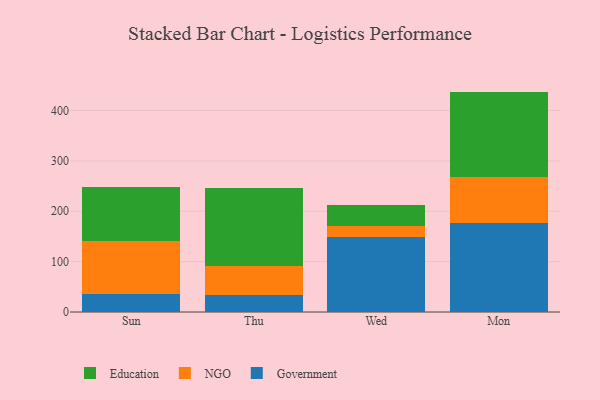
{"axis": {"x": "Day", "y": "Churn Rate (%)"}, "legend": ["Education", "Government", "NGO"], "data": [{"x": "Sun", "y": 35.2, "type": "Government"}, {"x": "Sun", "y": 106.7, "type": "NGO"}, {"x": "Sun", "y": 107.0, "type": "Education"}, {"x": "Thu", "y": 33.5, "type": "Government"}, {"x": "Thu", "y": 58.3, "type": "NGO"}, {"x": "Thu", "y": 153.4, "type": "Education"}, {"x": "Wed", "y": 149.5, "type": "Government"}, {"x": "Wed", "y": 20.7, "type": "NGO"}, {"x": "Wed", "y": 41.6, "type": "Education"}, {"x": "Mon", "y": 175.8, "type": "Government"}, {"x": "Mon", "y": 91.8, "type": "NGO"}, {"x": "Mon", "y": 169.9, "type": "Education"}]}